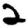
Digit: 2